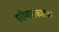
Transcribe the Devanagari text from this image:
परीणामकारक